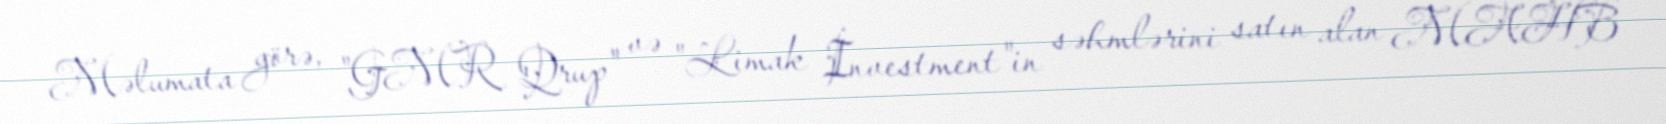
Məlumata görə, "GMR Qrup" və "Limak İnvestment"in səhmlərini satın alan MAHB